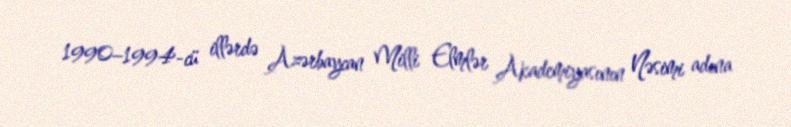
1990–1994-cü illərdə Azərbaycan Milli Elmlər Akademiyasının Nəsimi adına